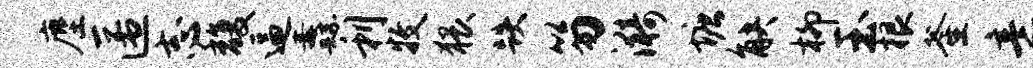
麈匿志馥逼纛利牧猥跌笏漪塘觖柳玉根釜意